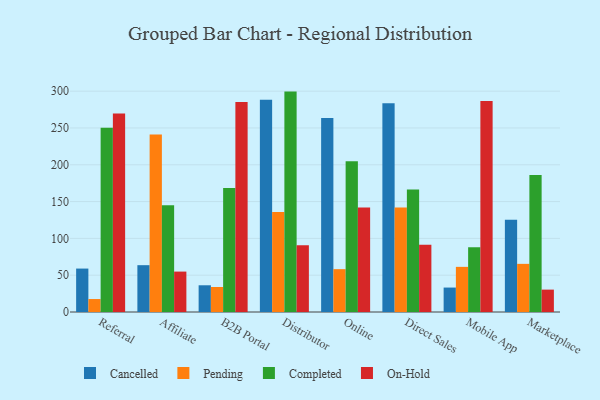
{"axis": {"x": "Channel", "y": "Backlog"}, "legend": ["Cancelled", "Completed", "On-Hold", "Pending"], "data": [{"x": "Referral", "y": 59.0, "type": "Cancelled"}, {"x": "Referral", "y": 17.6, "type": "Pending"}, {"x": "Referral", "y": 250.4, "type": "Completed"}, {"x": "Referral", "y": 269.6, "type": "On-Hold"}, {"x": "Affiliate", "y": 63.6, "type": "Cancelled"}, {"x": "Affiliate", "y": 241.0, "type": "Pending"}, {"x": "Affiliate", "y": 145.0, "type": "Completed"}, {"x": "Affiliate", "y": 54.9, "type": "On-Hold"}, {"x": "B2B Portal", "y": 36.3, "type": "Cancelled"}, {"x": "B2B Portal", "y": 34.0, "type": "Pending"}, {"x": "B2B Portal", "y": 168.5, "type": "Completed"}, {"x": "B2B Portal", "y": 285.4, "type": "On-Hold"}, {"x": "Distributor", "y": 288.2, "type": "Cancelled"}, {"x": "Distributor", "y": 135.8, "type": "Pending"}, {"x": "Distributor", "y": 299.4, "type": "Completed"}, {"x": "Distributor", "y": 90.6, "type": "On-Hold"}, {"x": "Online", "y": 263.4, "type": "Cancelled"}, {"x": "Online", "y": 58.2, "type": "Pending"}, {"x": "Online", "y": 204.9, "type": "Completed"}, {"x": "Online", "y": 142.0, "type": "On-Hold"}, {"x": "Direct Sales", "y": 283.6, "type": "Cancelled"}, {"x": "Direct Sales", "y": 141.9, "type": "Pending"}, {"x": "Direct Sales", "y": 166.4, "type": "Completed"}, {"x": "Direct Sales", "y": 91.2, "type": "On-Hold"}, {"x": "Mobile App", "y": 33.2, "type": "Cancelled"}, {"x": "Mobile App", "y": 61.3, "type": "Pending"}, {"x": "Mobile App", "y": 88.0, "type": "Completed"}, {"x": "Mobile App", "y": 286.6, "type": "On-Hold"}, {"x": "Marketplace", "y": 125.2, "type": "Cancelled"}, {"x": "Marketplace", "y": 65.4, "type": "Pending"}, {"x": "Marketplace", "y": 186.0, "type": "Completed"}, {"x": "Marketplace", "y": 30.4, "type": "On-Hold"}]}